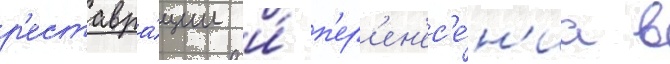
р'еставра́ции и́ п'ер'ен'ес'е́н'иа в